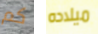
كم ميلاده